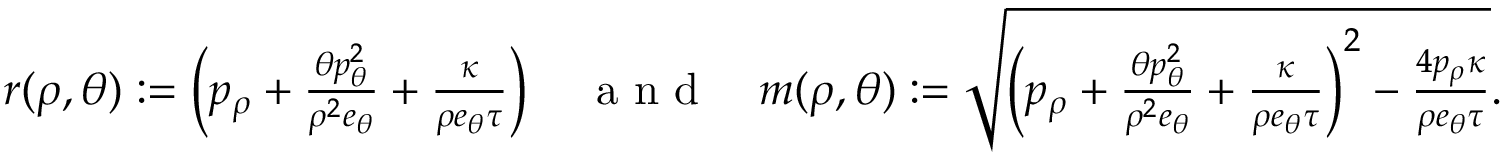
\begin{array} { r } { r ( \rho , \theta ) : = \left( p _ { \rho } + \frac { \theta p _ { \theta } ^ { 2 } } { \rho ^ { 2 } e _ { \theta } } + \frac { \kappa } { \rho e _ { \theta } \tau } \right) \quad \mathrm { ~ a ~ n ~ d ~ } \quad m ( \rho , \theta ) : = \sqrt { \left( p _ { \rho } + \frac { \theta p _ { \theta } ^ { 2 } } { \rho ^ { 2 } e _ { \theta } } + \frac { \kappa } { \rho e _ { \theta } \tau } \right) ^ { 2 } - \frac { 4 p _ { \rho } \kappa } { \rho e _ { \theta } \tau } } . } \end{array}